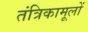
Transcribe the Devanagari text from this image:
तंत्रिकामूलों